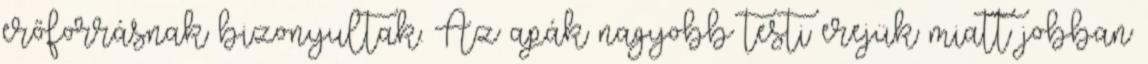
erőforrásnak bizonyultak. Az apák nagyobb testi erejük miatt jobban